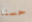
حسنا